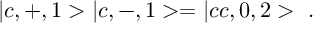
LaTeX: | c , + , 1 > | c , - , 1 > = | c c , 0 , 2 > \ .